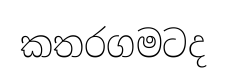
කතරගමටද